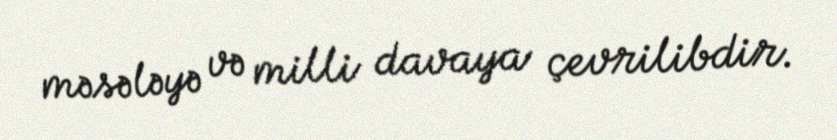
məsələyə və milli davaya çevrilibdir.